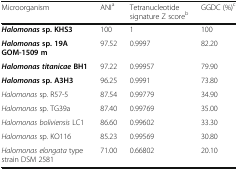
<table><thead><tr><td><b>Microorganism</b></td><td><b>ANI<sup>a</sup></b></td><td><b>Tetranucleotide signature Z score<sup>b</sup></b></td><td><b>GGDC (%)<sup>c</sup></b></td></tr></thead><tbody><tr><td><b><i>Halomonas</i></b><b>sp. KHS3</b></td><td>100</td><td>1</td><td>100</td></tr><tr><td><b><i>Halomonas</i></b><b>sp. 19A GOM-1509 m</b></td><td>97.52</td><td>0.9997</td><td>82.20</td></tr><tr><td><b><i>Halomonas titanicae</i></b><b>BH1</b></td><td>97.22</td><td>0.99957</td><td>79.90</td></tr><tr><td><b><i>Halomonas</i></b><b>sp. A3H3</b></td><td>96.25</td><td>0.9991</td><td>73.80</td></tr><tr><td><i>Halomonas</i> sp. R57-5</td><td>87.54</td><td>0.99779</td><td>34.90</td></tr><tr><td><i>Halomonas</i> sp. TG39a</td><td>87.40</td><td>0.99769</td><td>35.00</td></tr><tr><td><i>Halomonas boliviensis</i> LC1</td><td>86.60</td><td>0.99602</td><td>33.30</td></tr><tr><td><i>Halomonas</i> sp. KO116</td><td>85.23</td><td>0.99569</td><td>30.80</td></tr><tr><td><i>Halomonas elongata</i> type strain DSM 2581</td><td>71.00</td><td>0.66802</td><td>20.10</td></tr></tbody></table>